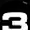
Digit: 3